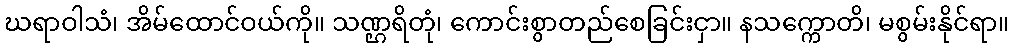
ဃရာဝါသံ၊ အိမ်ထောင်ဝယ်ကို။ သဏ္ဌရိတုံ၊ ကောင်းစွာတည်စေခြင်းငှာ။ နသက္ကောတိ၊ မစွမ်းနိုင်ရာ။